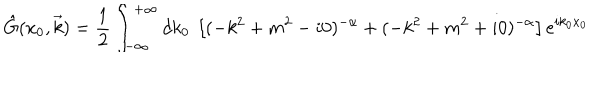
LaTeX: \hat { G } ( x _ { 0 } , \vec { k } ) = \frac { 1 } { 2 } \int _ { - \infty } ^ { + \infty } d k _ { 0 } ~ \left[ ( - k ^ { 2 } + m ^ { 2 } - i 0 ) ^ { - \alpha } + ( - k ^ { 2 } + m ^ { 2 } + i 0 ) ^ { - \alpha } \right] e ^ { i k _ { 0 } x _ { 0 } }